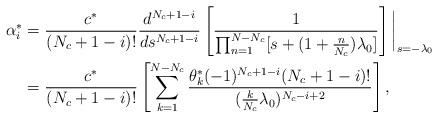
LaTeX: \begin{align*} \alpha_i^*&=\frac{c^*}{(N_c+1-i)!}\frac{d^{N_c+1-i}}{ds^{N_c+1-i}}\left[\frac{1}{ \prod_{n=1}^{N-N_c} [s+(1+\frac{n}{N_c})\lambda_{0}]} \right] \bigg|_{s=-\lambda_{0}}\\&=\frac{c^*}{(N_c+1-i)!} \left[ \sum_{k=1}^{N-N_c} \frac{\theta_k^*(-1)^{N_c+1-i}(N_c+1-i)!}{( \frac{k}{N_c} \lambda_{0})^{N_c-i+2}} \right], \end{align*}